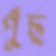
পুঁছ